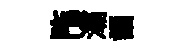
陁灞誦